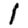
Digit: 1